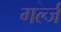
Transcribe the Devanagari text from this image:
गर्ल्‍ज